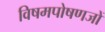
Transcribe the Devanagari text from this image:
विषमपोषणजों